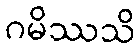
ဂမိဿသိ